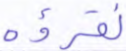
نقرؤه